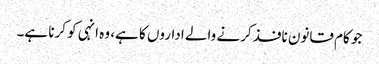
جو کام قانون نافذ کرنے والے اداروں کا ہے، وہ انہی کو کرنا ہے۔